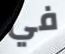
في